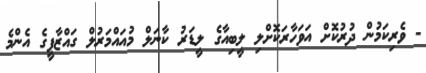
- ވެރިކަމުން ދުރުކޮށް އަވަހާރަކޮށްލި ލީބިއާގެ ލީޑަރު ކާނަލް މުއައްމަރުލް ގައްޒާފީގެ އެންމެ